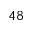
^ { 4 8 }